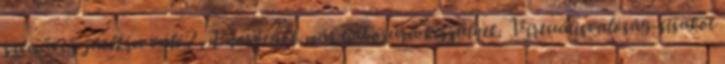
szemüveg játékra való? A norvégok már háborúra készülnek. Virtuálisvalóság-sisakot